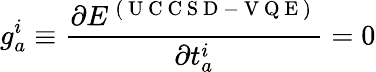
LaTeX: g_{a}^{i}\equiv\frac{\partial E^{\mathrm{~(~U~C~C~S~D~-~V~Q~E~)~}}}{\partial t_{a}^{i}}=0